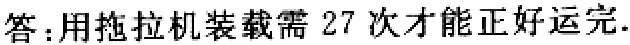
答：用拖拉机装载需 27 次才能正好运完.